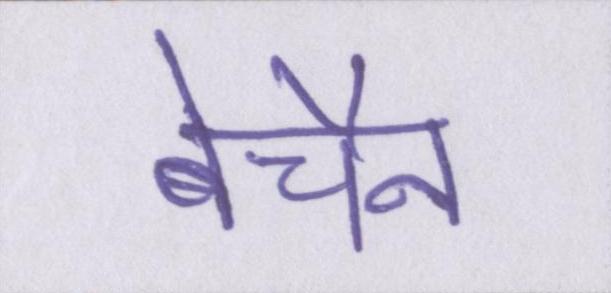
बेचैन